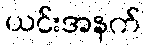
ယင်းအနက်